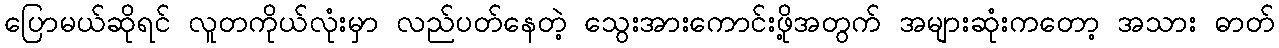
ပြောမယ်ဆိုရင် လူတကိုယ်လုံးမှာ လည်ပတ်နေတဲ့ သွေးအားကောင်းဖို့အတွက် အများဆုံးကတော့ အသား ဓာတ်